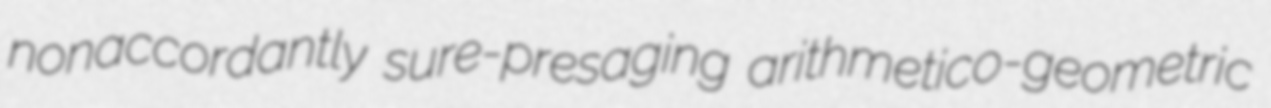
nonaccordantly sure-presaging arithmetico-geometric